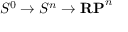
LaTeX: S ^ { 0 } \to S ^ { n } \to \mathbf { R P } ^ { n }